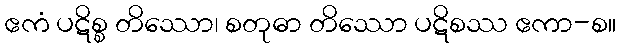
ဧကံ ပဋိစ္စ တိဿော၊ စတုဓာ တိဿော ပဋိစဿ ဧကာ-စ။